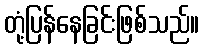
တုံ့ပြန်နေခြင်းဖြစ်သည်။